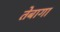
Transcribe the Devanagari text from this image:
तेबागा